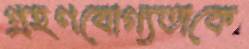
গ্রহণযোগ্যতাকে